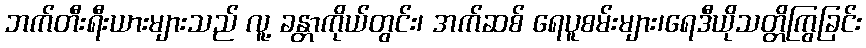
ဘက်တီးရီးယားများသည် လူ့ ခန္တာကိုယ်တွင်း၊ အက်ဆစ် ရေပူစမ်းများ၊ရေဒီယိုသတ္တိကြွခြင်း